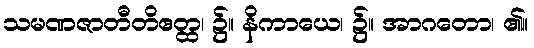
သမဏဇာတီတိဧတ္ထ၊ ၌။ နိကာယေ၊ ၌။ အာဂတော၊ ၏။